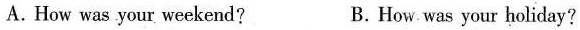
A. How was your weekend? B. How was your holiday?